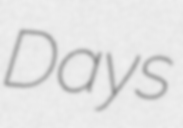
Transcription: Days